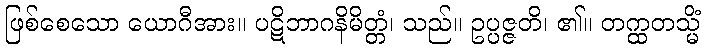
ဖြစ်စေသော ယောဂီအား။ ပဋိဘာဂနိမိတ္တံ၊ သည်။ ဥပ္ပဇ္ဇတိ၊ ၏။ တက္ထတသ္မိံ